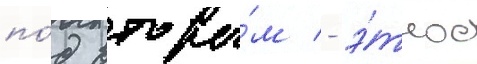
по́д вторы́м - э́тнос